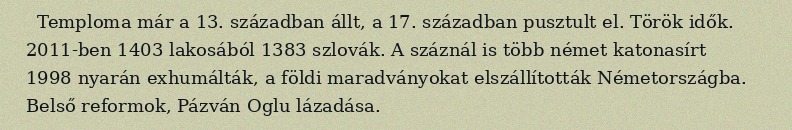
Temploma már a 13. században állt, a 17. században pusztult el. Török idők. 2011-ben 1403 lakosából 1383 szlovák. A száznál is több német katonasírt 1998 nyarán exhumálták, a földi maradványokat elszállították Németországba. Belső reformok, Pázván Oglu lázadása.